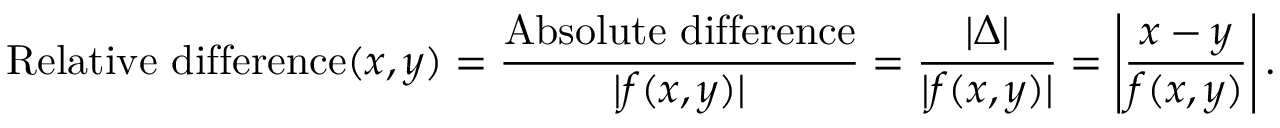
{ \mathrm { R e l a t i v e ~ d i f f e r e n c e } } ( x , y ) = { \frac { \mathrm { A b s o l u t e ~ d i f f e r e n c e } } { | f ( x , y ) | } } = { \frac { | \Delta | } { | f ( x , y ) | } } = \left| { \frac { x - y } { f ( x , y ) } } \right| .